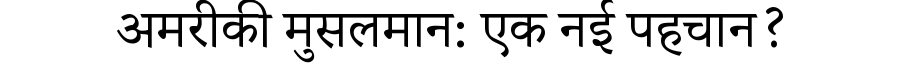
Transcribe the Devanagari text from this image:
अमरीकी मुसलमान: एक नई पहचान?